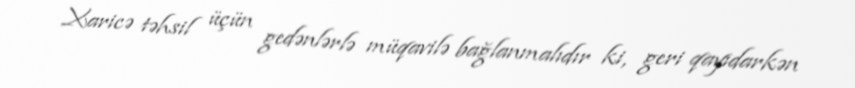
Xaricə təhsil üçün gedənlərlə müqavilə bağlanmalıdır ki, geri qayıdarkən